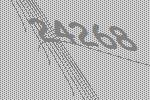
24268